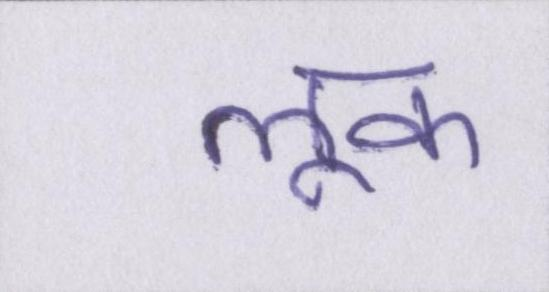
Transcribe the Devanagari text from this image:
लूक